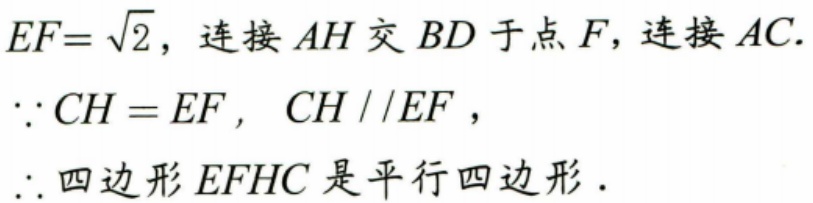
\(EF = \sqrt{2}\), 连接 \(AH\) 交 \(BD\) 于点 \(F\), 连接 \(AC\).
\(\because CH = EF,\ CH\parallel EF\),
\(\therefore\) 四边形 \(EFHC\) 是平行四边形.